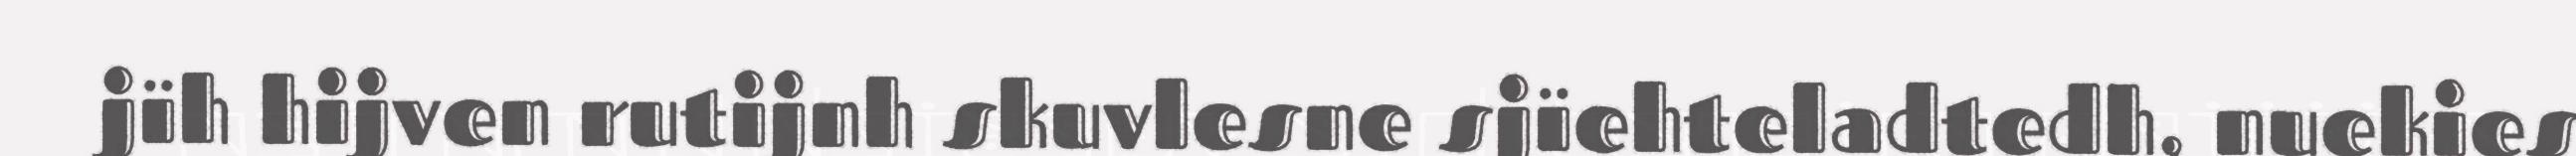
jïh hijven rutijnh skuvlesne sjïehteladtedh, nuekies